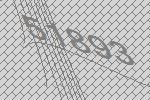
51893